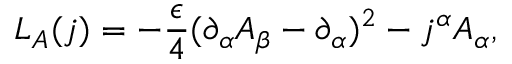
{ \cal L } _ { A } ( j ) = - { \frac { \epsilon } { 4 } } ( \partial _ { \alpha } A _ { \beta } - \partial _ { \alpha } ) ^ { 2 } - j ^ { \alpha } A _ { \alpha } ,